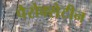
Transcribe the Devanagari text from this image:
पैरोक्सेटीन